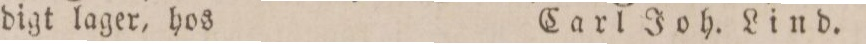
digt lager, hos    Carl Joh. Lind.